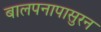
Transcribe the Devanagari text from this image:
बालपनापासुरन